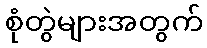
စုံတွဲများအတွက်